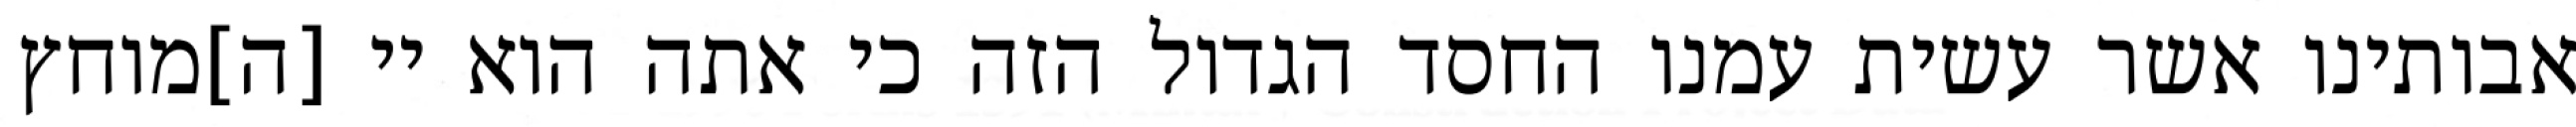
אבותינו אשר עשית עמנו החסד הגדול הזה כי אתה הוא יי [ה]מוחץ